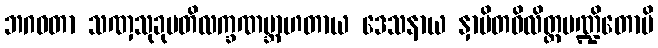
ဘဂဝတာ သဏှသုခုမတိလက္ခဏဗ္ဘာဟတာယ ဒေသနာယ နှာပိတဝိလိတ္တမဏ္ဍိတောပိ